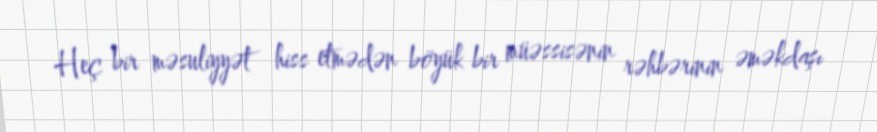
Heç bir məsuliyyət hiss etmədən böyük bir müəssisənin rəhbərinin əməkdaşı